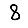
Digit: 8